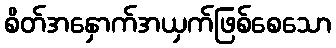
စိတ်အနှောက်အယှက်ဖြစ်စေသော